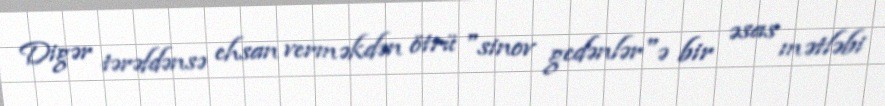
Digər tərəfdənsə ehsan verməkdən ötrü "sinov gedənlər"ə bir əsas mətləbi